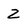
Character: 2